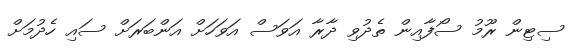
ސިޓިން ރޫމު ސޯފާއިން ތެދުވި ދާރާ އަވަސް އަވަަހަށް އަންބަރަށް ސައި ހެދުމަށް